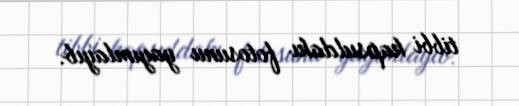
tibbi kapsuldakı fotosunu yayımlayıb.